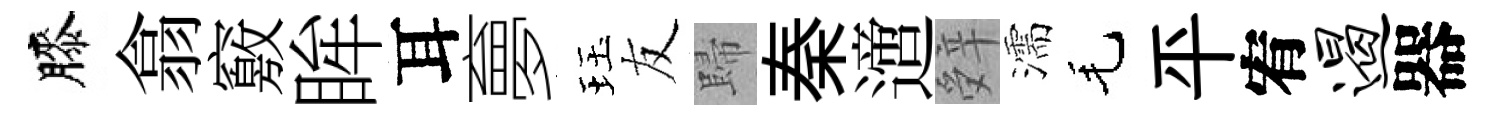
膝翕竅眸耳夣珏友歸秦𨗁辤濡毛平宥遏器